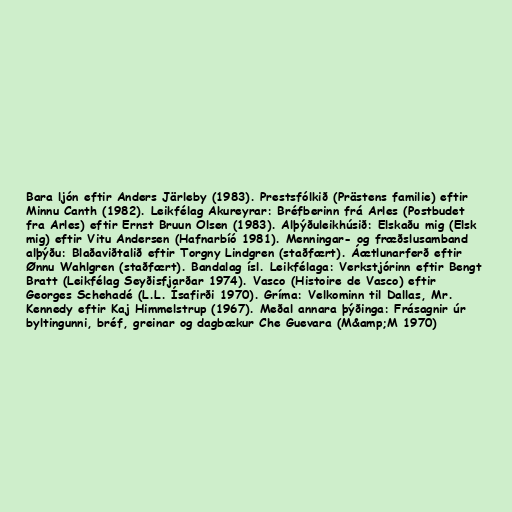
Bara ljón eftir Anders Järleby (1983). Prestsfólkið (Prästens familie) eftir
Minnu Canth (1982). Leikfélag Akureyrar: Bréfberinn frá Arles (Postbudet
fra Arles) eftir Ernst Bruun Olsen (1983). Alþýðuleikhúsið: Elskaðu mig (Elsk
mig) eftir Vitu Andersen (Hafnarbíó 1981). Menningar- og fræðslusamband
alþýðu: Blaðaviðtalið eftir Torgny Lindgren (staðfært). Áætlunarferð eftir
Ønnu Wahlgren (staðfært). Bandalag ísl. Leikfélaga: Verkstjórinn eftir Bengt
Bratt (Leikfélag Seyðisfjarðar 1974). Vasco (Histoire de Vasco) eftir
Georges Schehadé (L.L. Ísafirði 1970). Gríma: Velkominn til Dallas, Mr.
Kennedy eftir Kaj Himmelstrup (1967). Meðal annara þýðinga: Frásagnir úr
byltingunni, bréf, greinar og dagbækur Che Guevara (M&amp;M 1970)